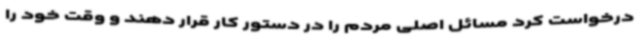
درخواست کرد مسائل اصلی مردم را در دستور کار قرار دهند و وقت خود را